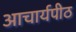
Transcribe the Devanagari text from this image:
अाचार्यपीठ